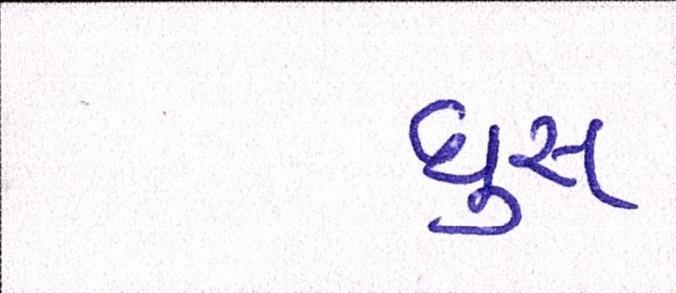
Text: ઘુસ